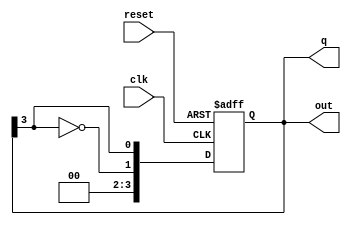
module johnson_counter #(
    parameter N = 4  // Number of flip-flops
)(
    input wire clk,          // Clock input
    input wire reset,        // Asynchronous reset
    output reg [N-1:0] q,    // Output state of the flip-flops
    output reg [N-1:0] out   // Output based on the current state (Moore output)
);

    // State transition logic
    always @(posedge clk or posedge reset) begin
        if (reset) begin
            q <= 0;  // Initialize all flip-flops to 0
        end else begin
            // Shift right and feed back the inverted output of the last flip-flop
            q <= {~q[N-1], q[N-1:N-1]};  // Shift and invert last flip-flop
        end
    end

    // Moore output logic
    always @(q) begin
        out = q;  // Output can be the same as the current state
        // You can modify this logic to define different outputs based on states
    end

endmodule